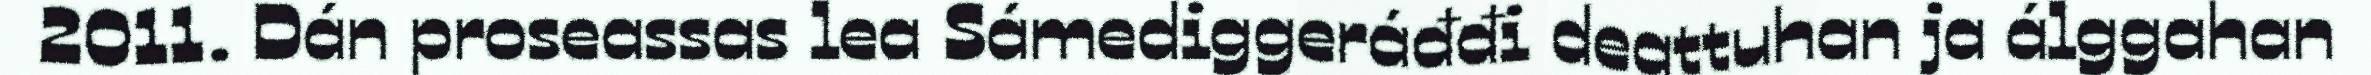
2011. Dán proseassas lea Sámediggeráđđi deattuhan ja álggahan